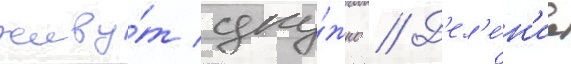
живу́т дру́жно // Д'ел'е́н'ие